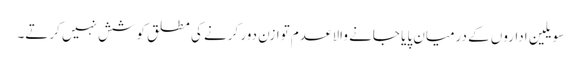
سویلین اداروں کے درمیان پایا جانے والا عدم توازن دور کرنے کی مطلق کوشش نہیں کرتے۔